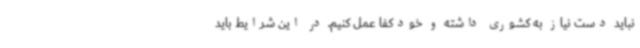
نباید دست نیاز به کشوری داشته و خودکفا عمل کنیم. در این شرایط باید